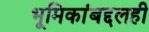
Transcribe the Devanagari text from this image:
भूमिकांबद्दलही